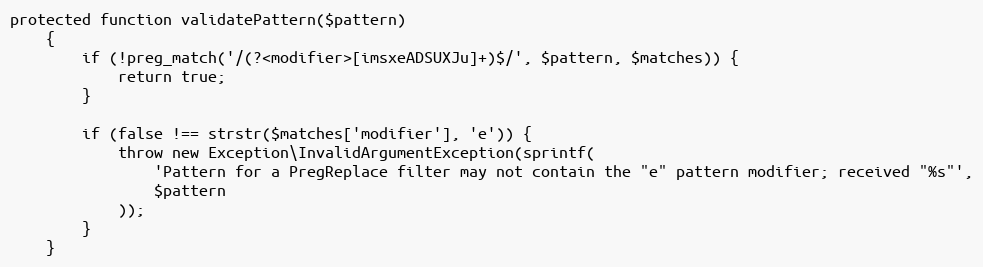
Language: PHP
protected function validatePattern($pattern)
    {
        if (!preg_match('/(?<modifier>[imsxeADSUXJu]+)$/', $pattern, $matches)) {
            return true;
        }

        if (false !== strstr($matches['modifier'], 'e')) {
            throw new Exception\InvalidArgumentException(sprintf(
                'Pattern for a PregReplace filter may not contain the "e" pattern modifier; received "%s"',
                $pattern
            ));
        }
    }